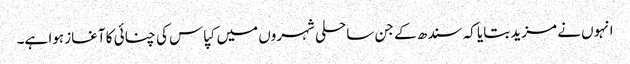
انہوں نے مزید بتایا کہ سندھ کے جن ساحلی شہروں میں کپاس کی چنائی کا آغاز ہوا ہے۔